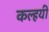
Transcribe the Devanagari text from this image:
कल्हयी